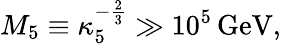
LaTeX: M_{5}\equiv\kappa_{5}^{-{\frac{2}{3}}}\gg 10^{5}\, \mathrm{GeV},